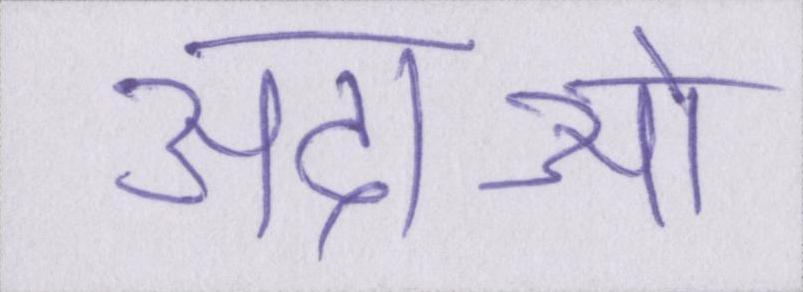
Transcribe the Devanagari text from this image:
अदाओं